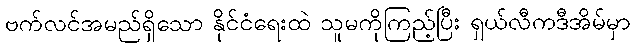
ဗက်လင်အမည်ရှိသော နိုင်ငံရေးထဲ သူမကိုကြည့်ပြီး ရှယ်လီကဒီအိမ်မှာ